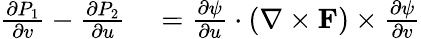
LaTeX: \begin{array}{rl}{{\frac{\partial P_{1}}{\partial v}}-{\frac{\partial P_{2}}{\partial u}}}&{{}={\frac{\partial\psi}{\partial u}}\cdot(\nabla\times\mathbf{F})\times{\frac{\partial\psi}{\partial v}}}\end{array}